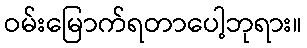
ဝမ်းမြောက်ရတာပေါ့ဘုရား။